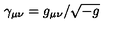
\gamma _ { \mu \nu } = g _ { \mu \nu } / \sqrt { - g }